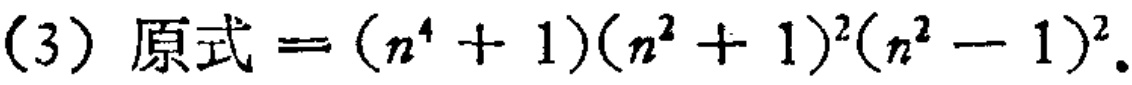
(3) 原式$=(n^{4}+1)(n^{2}+1)^{2}(n^{2}-1)^{2}$.